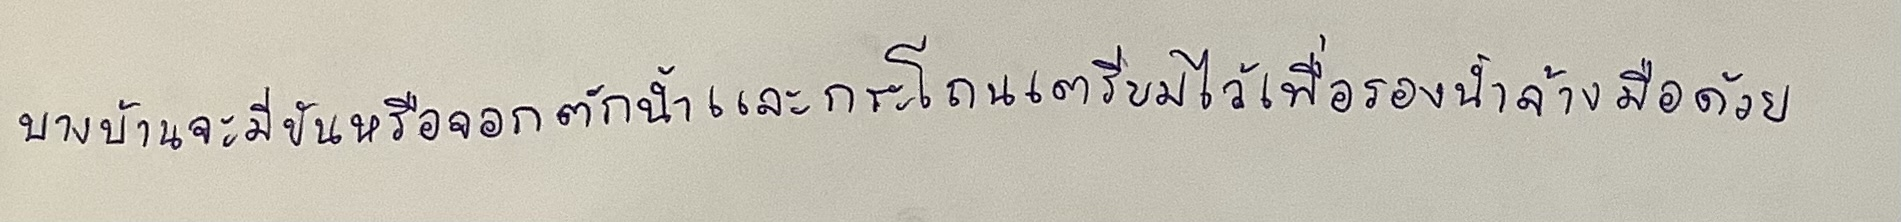
บางบ้านจะมีขันหรือจอกตักน้ำและกระโถนเตรียมไว้เพื่อรองน้ำล้างมือด้วย